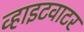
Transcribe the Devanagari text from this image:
व्हाइटवाटर